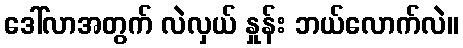
ဒေါ်လာအတွက် လဲလှယ် နှုန်း ဘယ်လောက်လဲ။